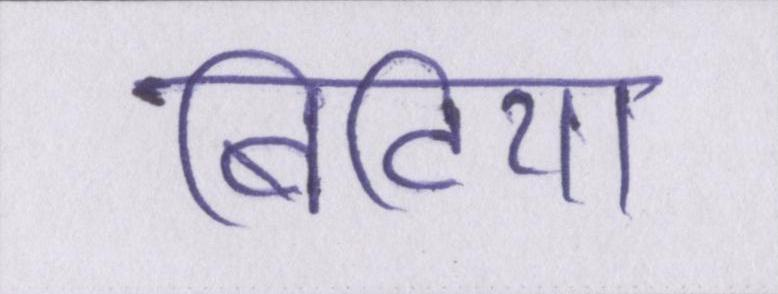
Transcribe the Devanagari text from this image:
बिटिया